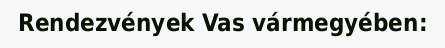
Rendezvények Vas vármegyében: